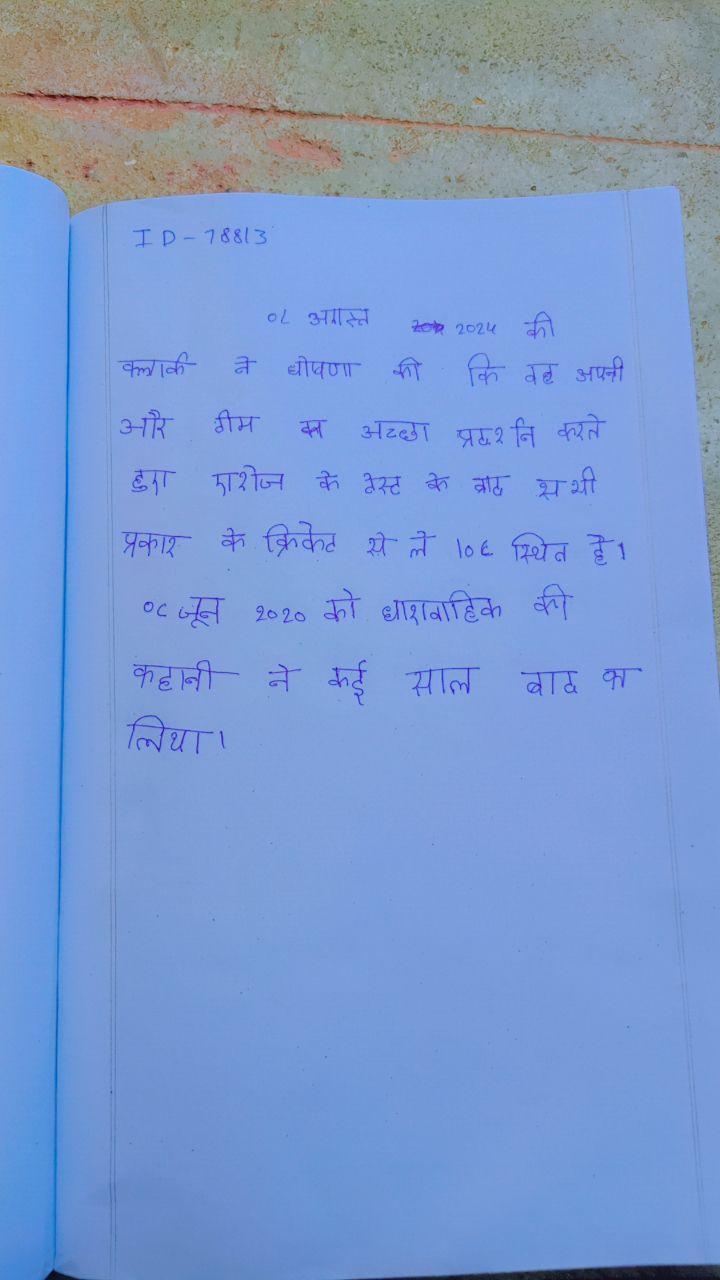
०८ अगस्त २०१५ को, क्लार्क ने घोषणा की कि वह अपनी और टीम का अच्छा प्रदर्शन करते हुए एशेज के टेस्ट के बाद सभी प्रकार के क्रिकेट से ले । ०८ स्थित है । ०८ जून २०१० को धारावाहिक की कहानी ने कई साल बाद का लिया ।